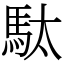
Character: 駄